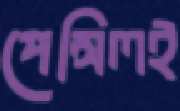
পেন্সিলই